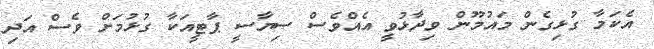
އެކަމާ ގުޅިގެން މައުމޫން ވިދާޅުވީ އެއްވެސް ސިޔާސީ ޕާޓީއަކާ ގުޅުމަށް ވެސް އަދި